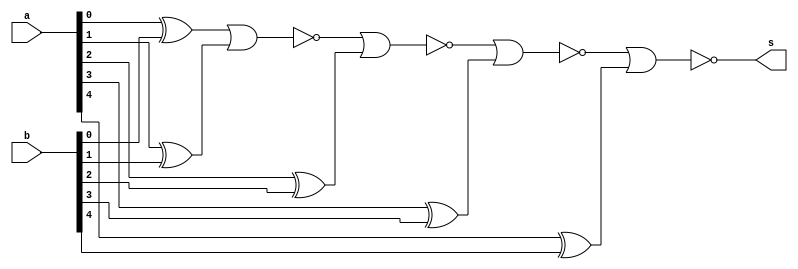
// -------------------------
// Exemplo0023 e 24  FULL ADDER
// Nome: Felipe Ferreira Andrade do Carmo
// ------------------------- 

// -------------------------
//  Igualdade
// ------------------------- 
module Igualdade (output s, input [5:0]a, input[5:0] b);

 xor (igualdade1,a[0],b[0]);
 xor (igualdade2,a[1],b[1]);
 xor (igualdade3,a[2],b[2]);
 xor (igualdade4,a[3],b[3]);
 xor (igualdade5,a[4],b[4]);
 xor (igualdade6,a[5],b[5]);

 nor (s4, igualdade1, igualdade2);
 nor (s3, s4, igualdade3);
 nor (s2, s3, igualdade4);
 nor (s, s2, igualdade5);

endmodule // igualdade
 
module teste_Igualdade;
// ------------------------- definir dados 
      reg [5:0] x;
      reg [5:0] y;
      wire igualdadeFinal;

      
     Igualdade h1 (igualdadeFinal, x,y);


// ------------------------- parte principal 
 initial begin 
      $display("Exemplo0023 e 24 - Felipe Ferreira Andrade do Carmo- 427402");
      $display("Test ALUs Igualdade"); 
      $display("0: igual     1:diferente");

x = 6'b000111;  y = 6'b000101;
#1
$display("%6b e %6b =  igualdade %1b",x,y,igualdadeFinal);
#1
x = 6'b010011;  y = 6'b010101;
$display("%6b e %6b =  igualdade %1b",x,y,igualdadeFinal);
#1
x = 6'b000011;  y = 6'b000011;
$display("%6b e %6b = igualdade %1b",x,y,igualdadeFinal);

 end 
 
endmodule // test_fullAdder